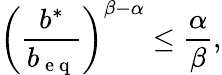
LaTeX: \left(\frac{b^{\ast}}{b_{\mathrm{~e~q~}}}\right)^{\beta-\alpha}\leq\frac{\alpha}{\beta},